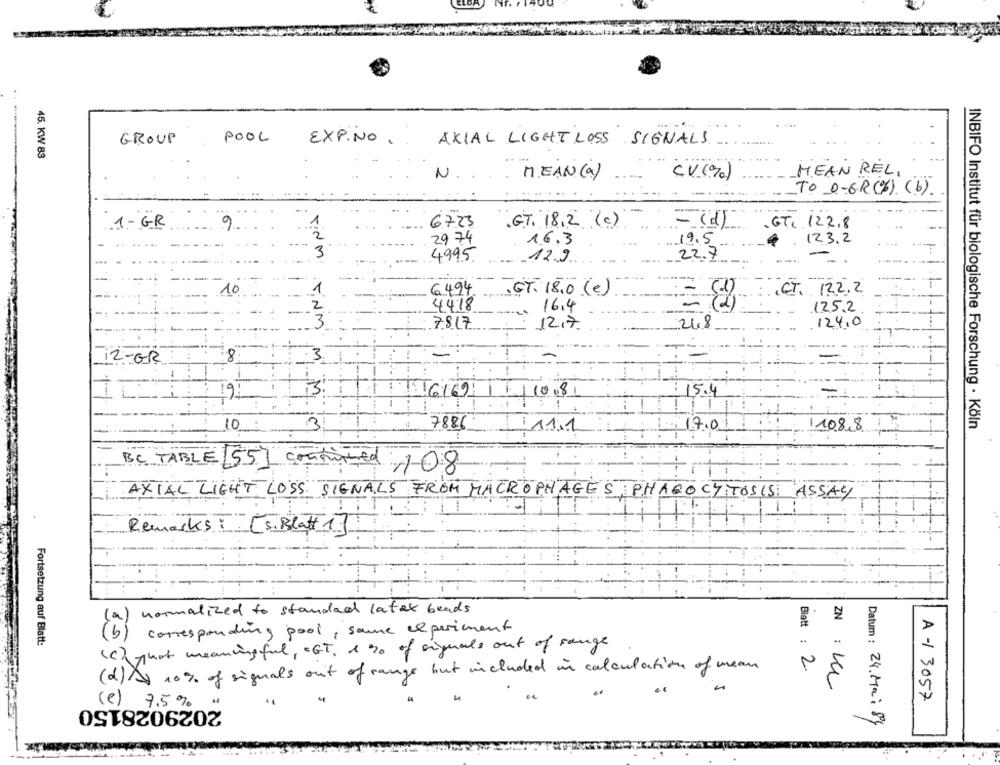
GROUP
POOL
EXP.NO .
AXIAL LIGHT LOSS SIGNALS.
45. KW 83
N
MEAN (a)
CV (0)
MEAN REL,
TO O-GR(%) (b).
6723
1-GR
9
.G.T. 18,2 (c)
GTI 122.8
29 74
16.3
19.5
123.2
TiNM.
4995
12.9.
22.7
10
6494
CT. 12.2.2
GT. 18.0 (e)
4418
16.4
125.2
. T.NM
7817
12,7
24.8
124.0
2-GR
TI6169
10 8
15.4
10
3
7886
11.1
17.0
108.8
INBIFO Institut für biologische Forschung · Köln
BC TABLE 55]
confirmed ,108
AXIAL LIGHT LOSS SIGNALS FROM MACROPHAGES PHAGOCYTOSIS ASSAY
Remarks : [S. Blatt ]
normalized to standard latex beads
(a)
corresponding pool , same experiment
Fortsetzung auf Blatt:
(c)that meaningful, "GT, I 30 of signals out of range
(2) A) 10% . of signals out of range but included in calculation of mean
Blatt: 2
ZN : KL
A -/ 3057
2029028150
(e) 7.5%
Datum : 24.Ma: 84
.